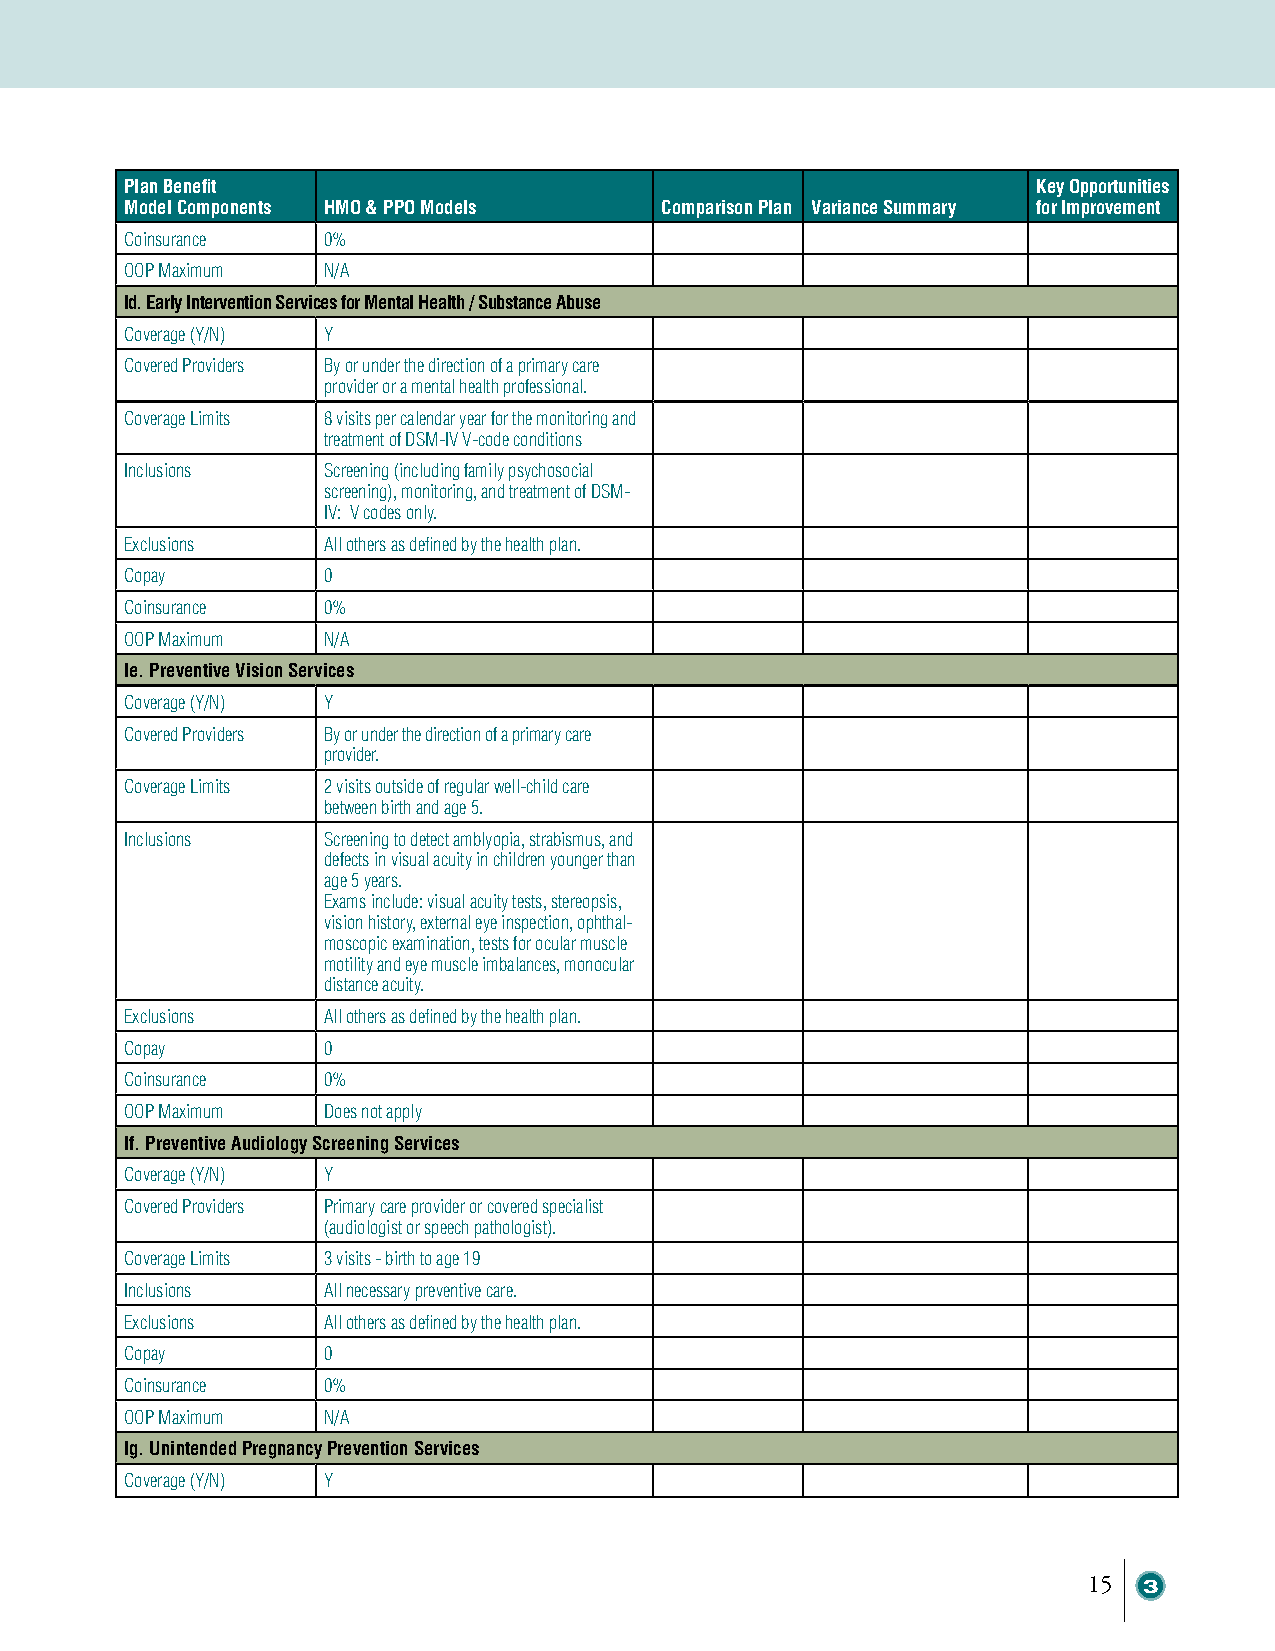
Plan Benefit                                                 Key Opportunities
 Model Components HMO & PPO Models   Comparison Plan Variance Summary for Improvement
 Coinsurance  0%
 OOP Maximum  N/A
 Id. Early Intervention Services for Mental Health / Substance Abuse
 Coverage (Y/N) Y
 Covered Providers By or under the direction of a primary care
 provider or a mental health professional.
 Coverage Limits 8 visits per calendar year for the monitoring and
 treatment of DSM-IV V-code conditions
 Inclusions   Screening (including family psychosocial
 screening), monitoring, and treatment of DSM-
 IV: V codes only.
 Exclusions   All others as defined by the health plan.
 Copay        0
 Coinsurance  0%
 OOP Maximum  N/A
 Ie. Preventive Vision Services
 Coverage (Y/N) Y
 Covered Providers By or under the direction of a primary care
 provider.
 Coverage Limits 2 visits outside of regular well-child care
 between birth and age 5.
 Inclusions   Screening to detect amblyopia, strabismus, and
 defects in visual acuity in children younger than
 age 5 years.
 Exams include: visual acuity tests, stereopsis,
 vision history, external eye inspection, ophthal-
 moscopic examination, tests for ocular muscle
 motility and eye muscle imbalances, monocular
 distance acuity.
 Exclusions   All others as defined by the health plan.
 Copay        0
 Coinsurance  0%
 OOP Maximum  Does not apply
 If. Preventive Audiology Screening Services
 Coverage (Y/N) Y
 Covered Providers Primary care provider or covered specialist
 (audiologist or speech pathologist).
 Coverage Limits 3 visits - birth to age 19
 Inclusions   All necessary preventive care.
 Exclusions   All others as defined by the health plan.
 Copay        0
 Coinsurance  0%
 OOP Maximum  N/A
 Ig. Unintended Pregnancy Prevention Services
 Coverage (Y/N) Y
 1155 33